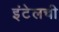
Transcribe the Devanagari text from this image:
इंटेलची